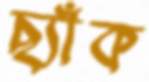
ছ্যাঁক